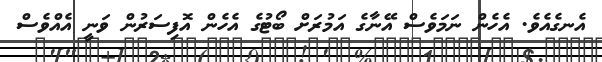
އެނގެއެވެ. އެހެން ނަމަވެސް އޭނާގެ އަމުރަށް ބޯޓުގެ އެހެން އޮފިސަރުން ވަނީ އެއްވެސް